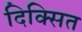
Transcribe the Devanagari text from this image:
दिक्सित